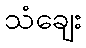
သံချေး